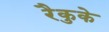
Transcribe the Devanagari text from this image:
रैकुके